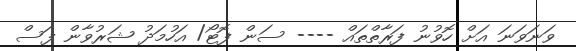
ވަނަވަނަ އަށް ހޮވުނު ފަރާތްތައް ---- ސަން ފޮޓޯ/ އަހުމަދު ޝަރުވާން ފަސް